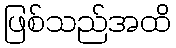
ဖြစ်သည်အထိ